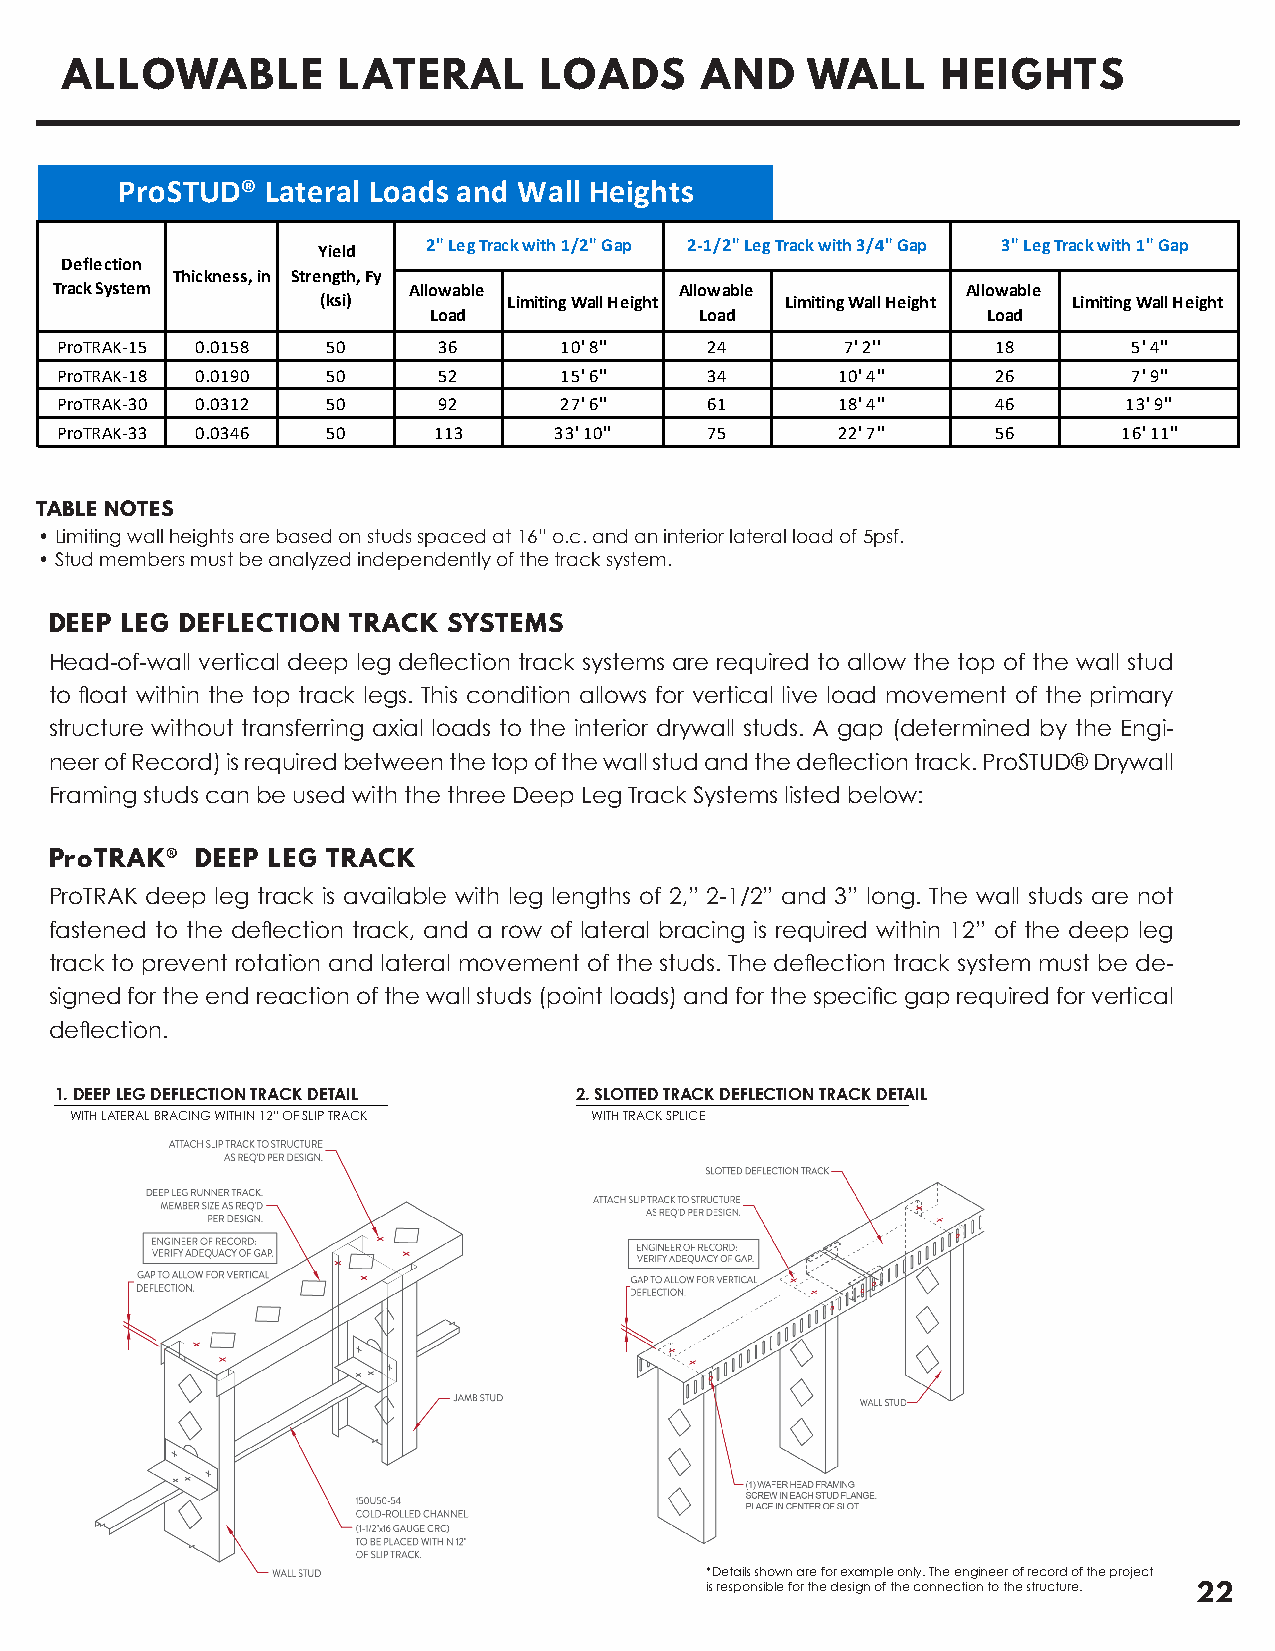
ALLOWABLE         LATERAL       LOADS     AND    WALL     HEIGHTS
 ProSTUD®  Lateral Loads and Wall Heights
 Yield  2" Leg Track with 1/2" Gap 2-1/2" Leg Track with 3/4" Gap 3" Leg Track with 1" Gap
 Deflection
 Thickness, in Strength, Fy
 Track System            Allowable         Allowable          Allowable
 (ksi)        Limiting Wall Height Limiting Wall Height Limiting Wall Height
 Load              Load               Load
 ProTRAK-15 0.0158 50     36      10' 8''   24       7' 2''    18       5' 4''
 ProTRAK-18 0.0190 50     52      15' 6''   34      10' 4''    26       7' 9''
 ProTRAK-30 0.0312 50     92      27' 6''   61      18' 4''    46       13' 9''
 ProTRAK-33 0.0346 50     113     33' 10''  75      22' 7''    56      16' 11''
 TABLE NOTES
 • Limiting wall heights are based on studs spaced at 16” o.c. and an interior lateral load of 5psf.
 • Stud members must be analyzed independently of the track system.
 DEEP LEG DEFLECTION TRACK  SYSTEMS
 Head-of-wall vertical deep leg deflection track systems are required to allow the top of the wall stud
 to float within the top track legs. This condition allows for vertical live load movement of the primary
 structure without transferring axial loads to the interior drywall studs. A gap (determined by the Engi-
 neer of Record) is required between the top of the wall stud and the deflection track. ProSTUD® Drywall
 Framing studs can be used with the three Deep Leg Track Systems listed below:
 ProTRAK®  DEEP LEG TRACK
 ProTRAK deep leg track is available with leg lengths of 2,” 2-1/2” and 3” long. The wall studs are not
 fastened to the deflection track, and a row of lateral bracing is required within 12” of the deep leg
 track to prevent rotation and lateral movement of the studs. The deflection track system must be de-
 signed for the end reaction of the wall studs (point loads) and for the specific gap required for vertical
 deflection.
 1. DEEP LEG DEFLECTION TRACK DETAIL 2. SLOTTED TRACK DEFLECTION TRACK DETAIL
 WITH LATERAL BRACING WITHIN 12” OF SLIP TRACK WITH TRACK SPLICE
 *Details shown are for example only. The engineer of record of the project
 is responsible for the design of the connection to the structure. 22